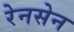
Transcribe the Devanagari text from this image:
रेनसेन